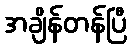
အချိန်တန်ပြီ